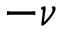
- \nu